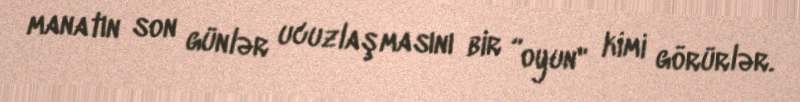
manatın son günlər ucuzlaşmasını bir ”oyun" kimi görürlər.